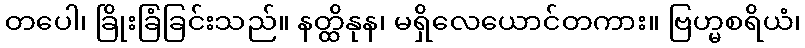
တပေါ၊ ခြိုးခြံခြင်းသည်။ နတ္ထိနုန၊ မရှိလေယောင်တကား။ ဗြဟ္မစရိယံ၊